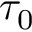
\tau _ { 0 }